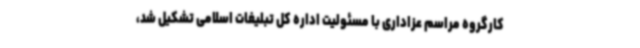
کارگروه مراسم عزاداری با مسئولیت اداره کل تبلیغات اسلامی تشکیل شد،